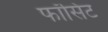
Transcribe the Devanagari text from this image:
फॉसिट